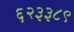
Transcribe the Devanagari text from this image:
६२३३८९